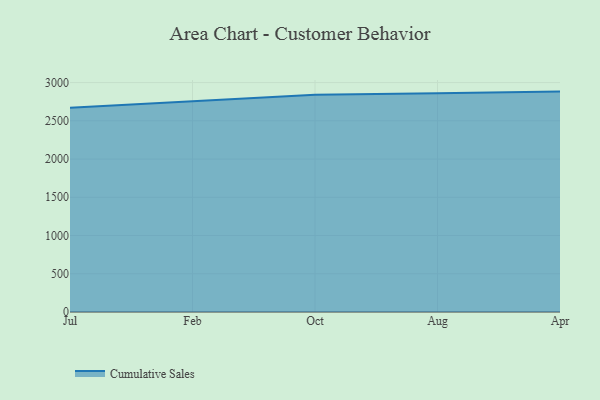
{"axis": {"x": "Month", "y": "Operating Costs (USD K)"}, "legend": ["Cumulative Sales"], "data": [{"x": "Jul", "y": 2669.5, "type": "Cumulative Sales"}, {"x": "Feb", "y": 2752.0, "type": "Cumulative Sales"}, {"x": "Oct", "y": 2841.3, "type": "Cumulative Sales"}, {"x": "Aug", "y": 2859.5, "type": "Cumulative Sales"}, {"x": "Apr", "y": 2882.0, "type": "Cumulative Sales"}]}